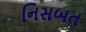
નિસબત